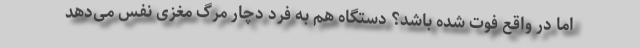
اما در واقع فوت شده باشد؟ دستگاه هم به فرد دچار مرگ مغزی نفس می‌دهد